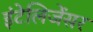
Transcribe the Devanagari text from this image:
इंटेलिजेंसर